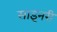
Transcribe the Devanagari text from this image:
साइनरी